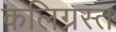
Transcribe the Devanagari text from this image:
कलिग्रस्त